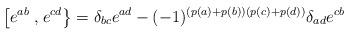
LaTeX: \begin{align*}\left[e^{ab}\right.,\left.e^{cd}\right\}=\delta_{bc}e^{ad}-(-1)^{(p(a)+p(b))(p(c)+p(d))}\delta_{ad}e^{cb}\end{align*}